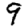
Digit: 9